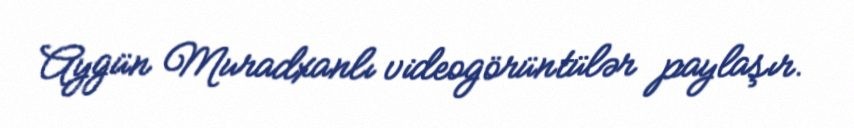
Aygün Muradxanlı videogörüntülər paylaşır.